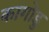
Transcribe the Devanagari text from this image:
कागोडु